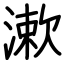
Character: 漱